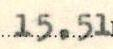
15,51